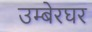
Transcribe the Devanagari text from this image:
उम्बेरघर